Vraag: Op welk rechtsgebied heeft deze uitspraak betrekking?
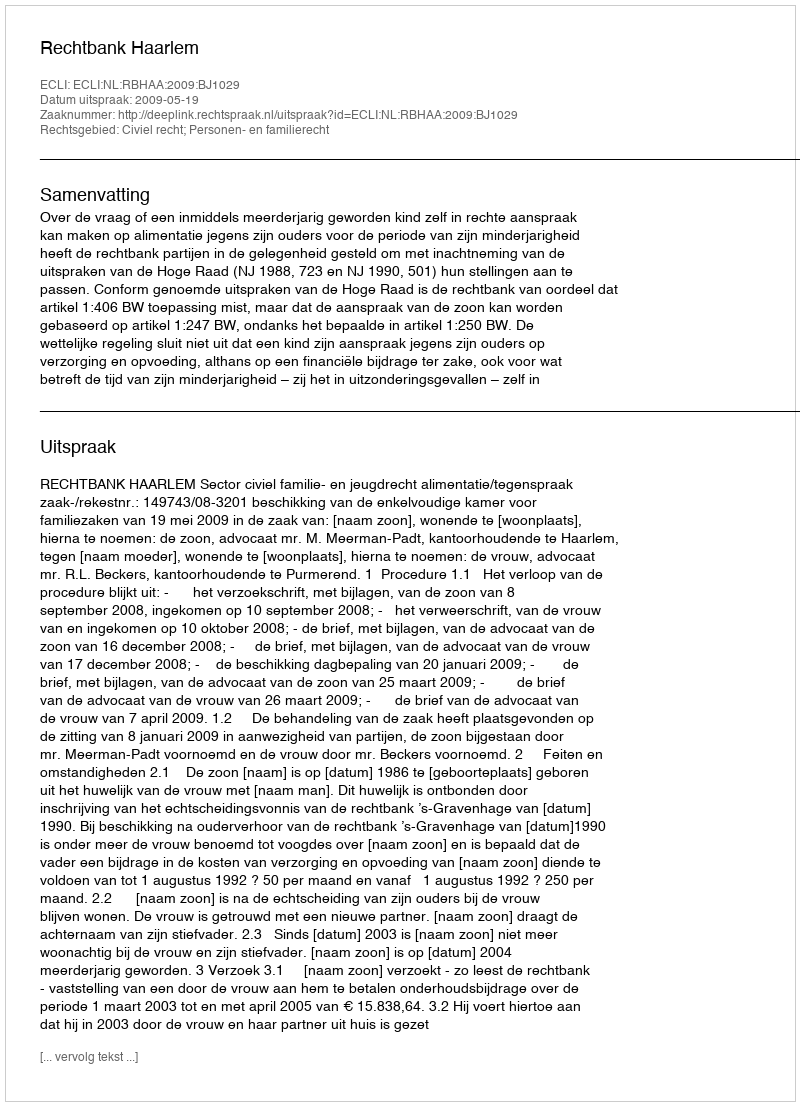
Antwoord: Civiel recht; Personen- en familierecht